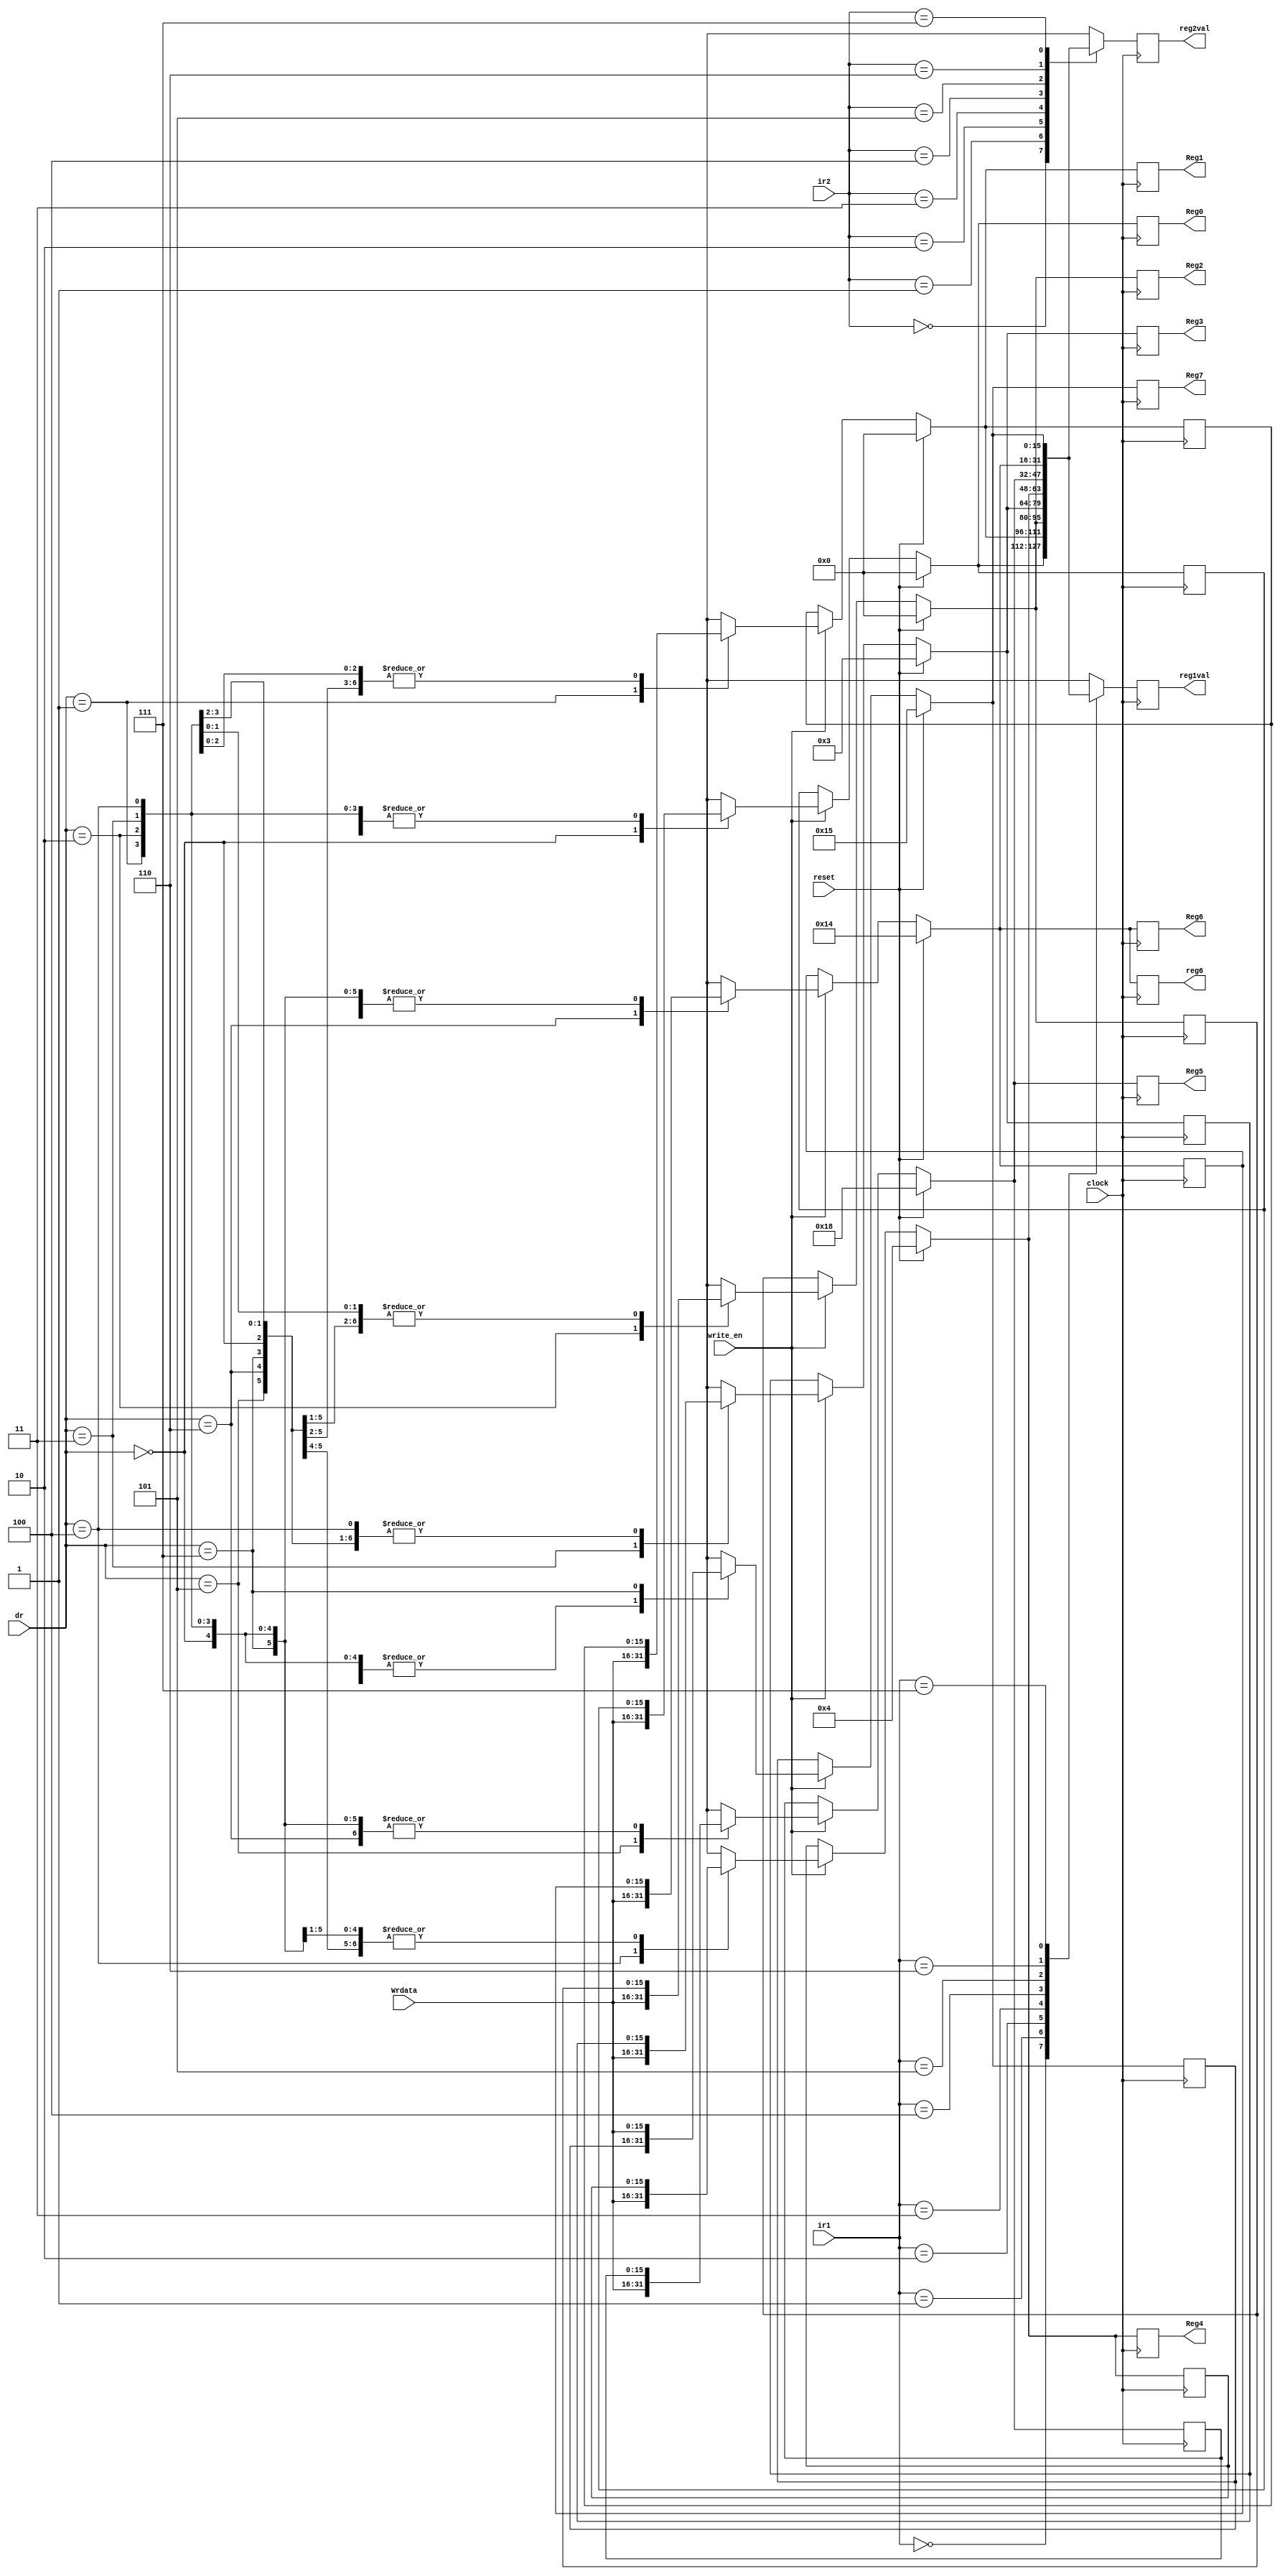
module registers_block (Reg0,Reg1,Reg2,Reg3,Reg4,Reg5,Reg6,Reg7,reg1val, reg2val,Wrdata, ir1, ir2,write_en, dr,clock, reset,reg6);

 output reg [15:0] reg1val;        // Reg Output 1
 output reg [15:0] reg2val;        // Reg Output 2
 output reg [15:0] reg6;
 reg [15:0] RegFile [7:0]; 			// Defining eight general purpose Registers
 output reg [15:0]Reg0,Reg1,Reg2,Reg3,Reg4,Reg5,Reg6,Reg7;
 
 
 input [15:0] Wrdata;
 input write_en;
 input [2:0] ir1;        // Source Register1 Select
 input [2:0] ir2;        // Source Register2 Select
 input [2:0] dr;         // Destination Register Select
 
 input clock, reset;
 
  always@ (negedge clock)        
begin
if(reset)
begin
 RegFile[0]=16'd0;
 RegFile[1]=16'd0;
 RegFile[2]=16'd0;
 RegFile[3]=16'd3;
 RegFile[4]=16'd4;
 RegFile[5]=16'd24;
 RegFile[6]=16'd20;
 RegFile[7]=16'd21;
 reg1val[15:0]=16'd0;
 reg2val[15:0]=16'd0;
 end
 
 else if(write_en) 
 begin
 RegFile[dr[2:0]]=Wrdata;
 end
 
 reg1val=RegFile[ir1[2:0]];
 reg2val=RegFile[ir2[2:0]];
 reg6 = RegFile[6];
 Reg0=RegFile[0];
 Reg1=RegFile[1]; 
 Reg2=RegFile[2];
 Reg3=RegFile[3];
 Reg4=RegFile[4];
 Reg5=RegFile[5];
 Reg6=RegFile[6];
 Reg7=RegFile[7];

end


 endmodule